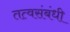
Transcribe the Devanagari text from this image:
तत्वसंबंधी